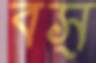
বস্